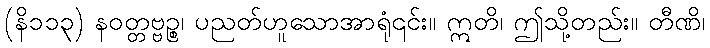
(နိ၁၁၃) နဝတ္တဗ္ဗဉ္စ၊ ပညတ်ဟူသောအာရုံ၎င်း။ ဣတိ၊ ဤသို့တည်း။ တီဏိ၊